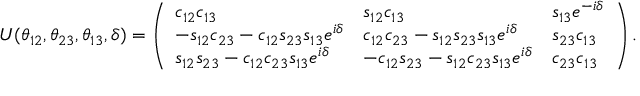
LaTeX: U ( \theta _ { 1 2 } , \theta _ { 2 3 } , \theta _ { 1 3 } , \delta ) = \left( \begin{array} { l l l } { { c _ { 1 2 } c _ { 1 3 } } } & { { s _ { 1 2 } c _ { 1 3 } } } & { { s _ { 1 3 } e ^ { - i \delta } } } \\ { { - s _ { 1 2 } c _ { 2 3 } - c _ { 1 2 } s _ { 2 3 } s _ { 1 3 } e ^ { i \delta } } } & { { c _ { 1 2 } c _ { 2 3 } - s _ { 1 2 } s _ { 2 3 } s _ { 1 3 } e ^ { i \delta } } } & { { s _ { 2 3 } c _ { 1 3 } } } \\ { { s _ { 1 2 } s _ { 2 3 } - c _ { 1 2 } c _ { 2 3 } s _ { 1 3 } e ^ { i \delta } } } & { { - c _ { 1 2 } s _ { 2 3 } - s _ { 1 2 } c _ { 2 3 } s _ { 1 3 } e ^ { i \delta } } } & { { c _ { 2 3 } c _ { 1 3 } } } \end{array} \right) .